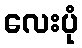
လေးပုံ